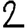
Digit: 2